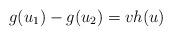
LaTeX: \begin{align*}g(u_1) - g(u_2) = v h(u)\end{align*}